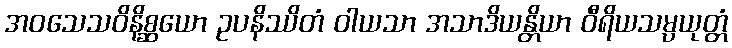
အဝသေသဝိနိစ္ဆယော ဥပနိဿိတံ ဝါယသာ အသာဒိယန္တိယာ ဝီရိယသမ္ပယုတ္တံ